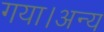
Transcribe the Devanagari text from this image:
गया।अन्य